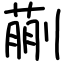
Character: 蒯